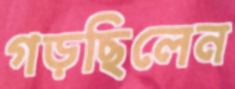
গড়ছিলেন